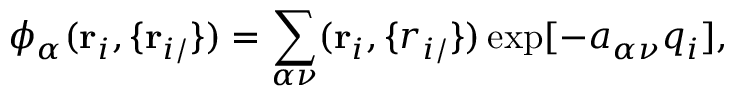
\phi _ { \alpha } ( \mathbf r _ { i } , \{ \mathbf r _ { i / } \} ) = \sum _ { \alpha \nu } ( \mathbf r _ { i } , \mathbf \{ r _ { i / } \} ) \exp [ - a _ { \alpha \nu } q _ { i } ] ,